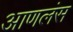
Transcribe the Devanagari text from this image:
आणलंस